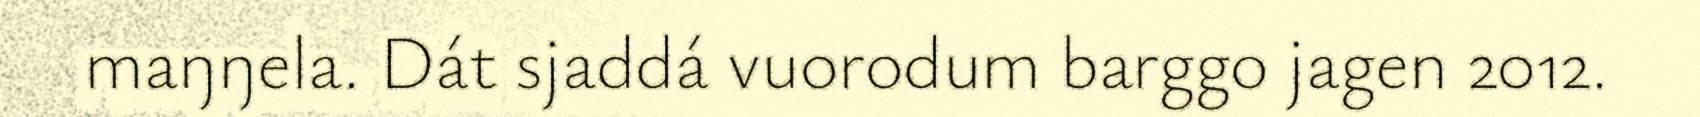
maŋŋela. Dát sjaddá vuorodum barggo jagen 2012.